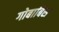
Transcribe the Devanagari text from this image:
गोबाबिस